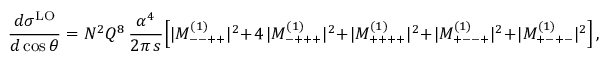
{ \frac { d \sigma ^ { \mathrm { L O } } } { d \cos \theta } } = N ^ { 2 } Q ^ { 8 } \, { \frac { \alpha ^ { 4 } } { 2 \pi \, s } } \Bigl [ | M _ { -- + + } ^ { ( 1 ) } | ^ { 2 } + 4 \, | M _ { - + + + } ^ { ( 1 ) } | ^ { 2 } + | M _ { + + + + } ^ { ( 1 ) } | ^ { 2 } + | M _ { + -- + } ^ { ( 1 ) } | ^ { 2 } + | M _ { + - + - } ^ { ( 1 ) } | ^ { 2 } \Bigr ] \, ,